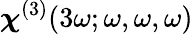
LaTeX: \boldsymbol\chi^{(3)}(3\omega;\omega,\omega,\omega)